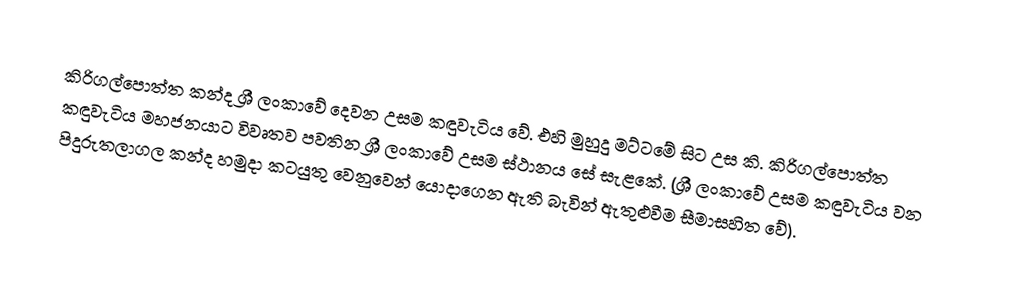
කිරිගල්පොත්ත කන්ද ශ්‍රී ලංකාවේ දෙවන උසම කඳුවැටිය වේ. එහි මුහුදු මට්ටමේ සිට උස  කි. කිරිගල්පොත්ත කඳුවැටිය මහජනයාට විවෘතව පවතින ශ්‍රී ලංකාවේ උසම ස්ථානය සේ සැළකේ. (ශ්‍රී ලංකාවේ උසම කඳුවැටිය වන පිදුරුතලාගල කන්ද හමුදා කටයුතු වෙනුවෙන් යොදාගෙන ඇති බැවින් ඇතුළුවීම සීමාසහිත වේ).